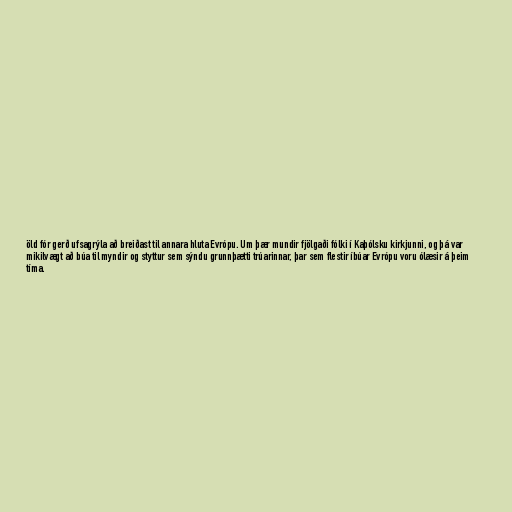
öld fór gerð ufsagrýla að breiðast til annara hluta Evrópu. Um þær mundir fjölgaði fólki í Kaþólsku kirkjunni, og þá var
mikilvægt að búa til myndir og styttur sem sýndu grunnþætti trúarinnar, þar sem flestir íbúar Evrópu voru ólæsir á þeim
tíma.